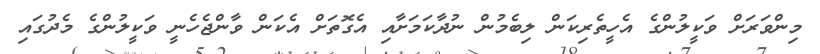
މިންވަރަށް ވަކީލުންގެ އެހީތެރިކަން ލިބެމުން ނުދާކަމަށާއި އެގޮތަށް އެކަން ވާންޖެހެނީ ވަކީލުންގެ މެދުގައި